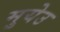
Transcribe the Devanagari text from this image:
मुयेउ